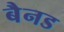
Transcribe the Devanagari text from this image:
बैनड